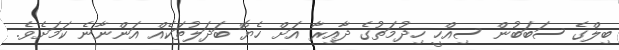
ބިލްގެ ސަބަބުން ސިއްހީ ހިދުމަތުގެ ދާއިރާ އަށް ހެޔޮ ބަދަލުތަކެއް އަންނާނެ ކަމަށެވެ.